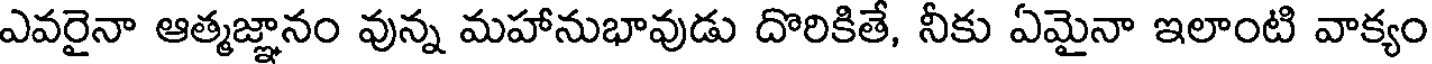
ఎవరైనా ఆత్మజ్ఞానం వున్న మహానుభావుడు దొరికితే, నీకు ఏమైనా ఇలాంటి వాక్యం